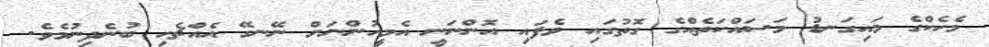
މެހެކްގެ މައިގަނޑު މަސައްކަތެއްގެ ގޮތުގައި ވެފައި އޮންނަނީ އެމީހުންނަށް ނޭނގޭ އެއްޗެހި ބުނެދިނުމެވެ.